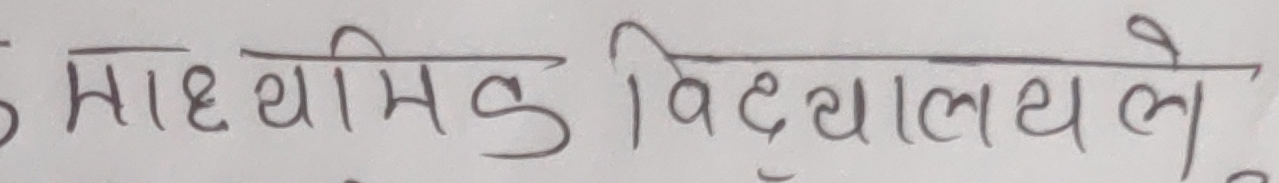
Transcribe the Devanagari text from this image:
माध्यमिक विद्यालयले